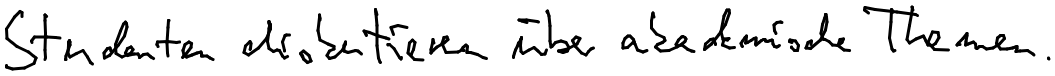
Studenten diskutieren über akademische Themen.